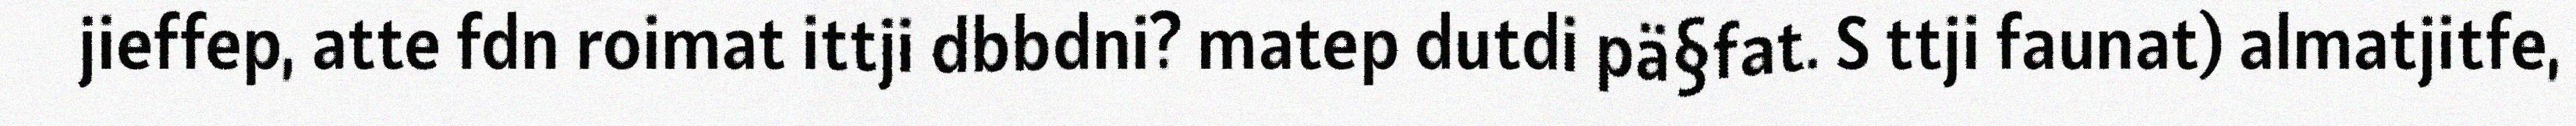
jieffep, atte fdn roimat ittji dbbdni? matep dutdi pä§fat. S ttji faunat) almatjitfe,